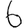
Digit: 6